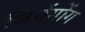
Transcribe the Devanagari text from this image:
जियेंगोंग